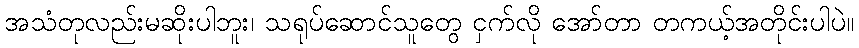
အသံတုလည်းမဆိုးပါဘူး၊ သရုပ်ဆောင်သူတွေ ငှက်လို အော်တာ တကယ့်အတိုင်းပါပဲ။